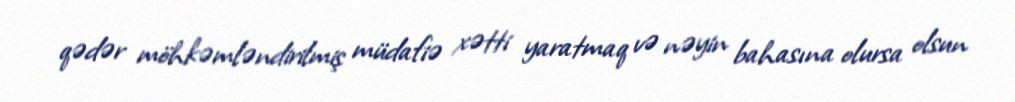
qədər möhkəmləndirilmiş müdafiə xətti yaratmaq və nəyin bahasına olursa olsun